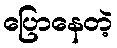
ပြောနေတဲ့